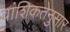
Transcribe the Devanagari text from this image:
वांशिकतेनुसार